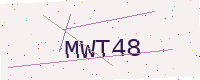
Text: MWT48